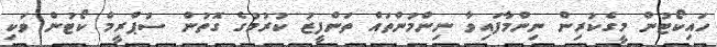
ހައިކޯޓުން މީގެކުރިން ނިންމާފައިވާ ނިންމުންތައް ތަންފީޒު ކުރުމުގެ ގޮތުން ސުޕްރީމް ކޯޓުން ވަކި